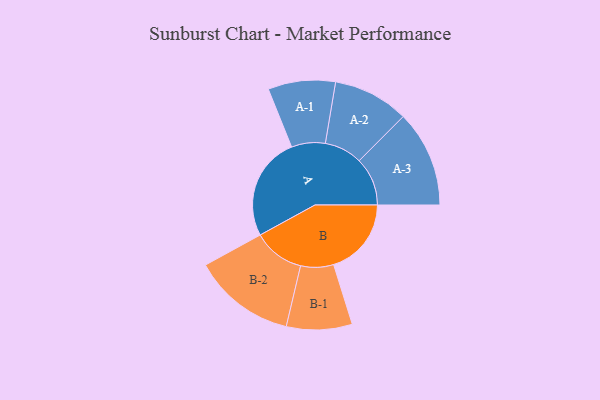
{"axis": {"x": "Segment", "y": "Value"}, "legend": ["", "A", "B"], "data": [{"x": "A", "y": 369, "type": ""}, {"x": "B", "y": 277, "type": ""}, {"x": "A-1", "y": 120, "type": "A"}, {"x": "A-2", "y": 135, "type": "A"}, {"x": "A-3", "y": 172, "type": "A"}, {"x": "B-1", "y": 117, "type": "B"}, {"x": "B-2", "y": 183, "type": "B"}]}